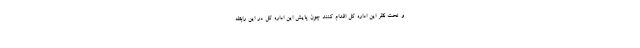
و تحت نظر این اداره کل اقدام کنند چون پایش این اداره کل در این رابطه